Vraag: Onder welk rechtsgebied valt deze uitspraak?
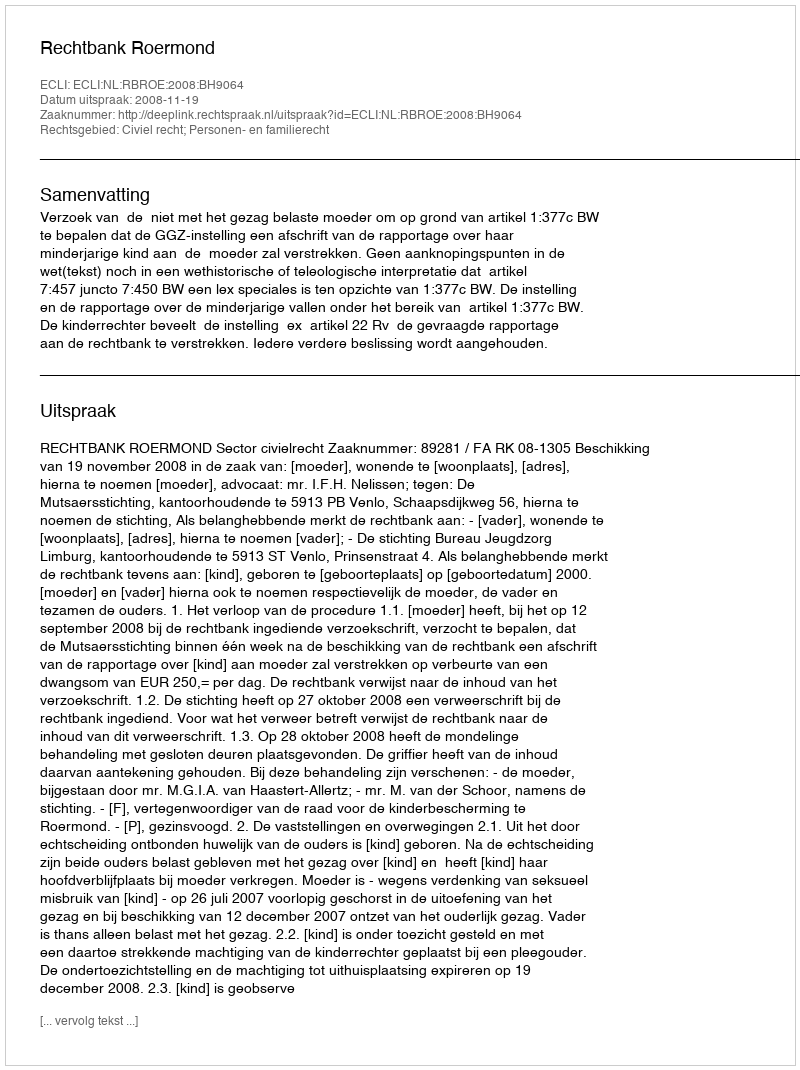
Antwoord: Civiel recht; Personen- en familierecht